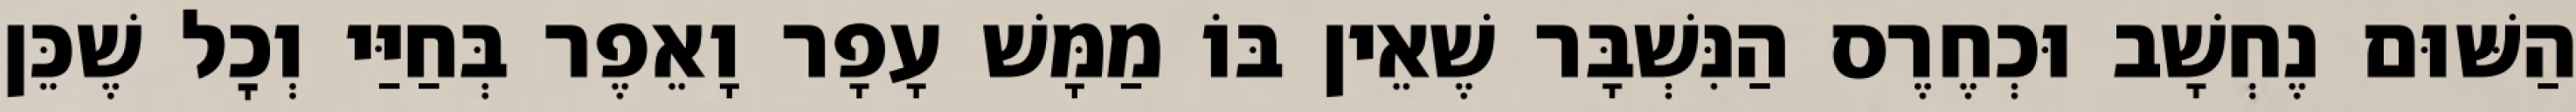
הַשּׁוּם נֶחְשָׁב וּכְחֶרֶס הַנִּשְׁבָּר שֶׁאֵין בּוֹ מַמָּשׁ עָפָר וָאֵפֶר בְּחַיַּי וְכׇל שֶׁכֵּן